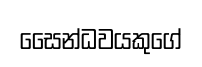
සෛන්ධවයකුගේ